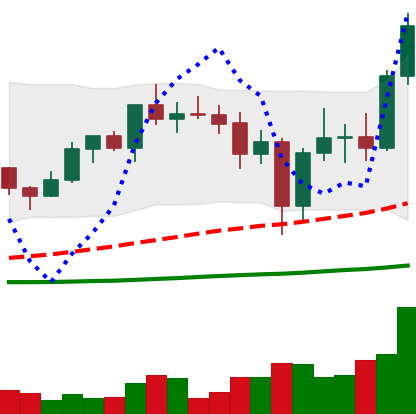
Ticker: ADA-USD
Chart end date: 2020-12-29
Forward return: 6.677%
Label: up_5_7